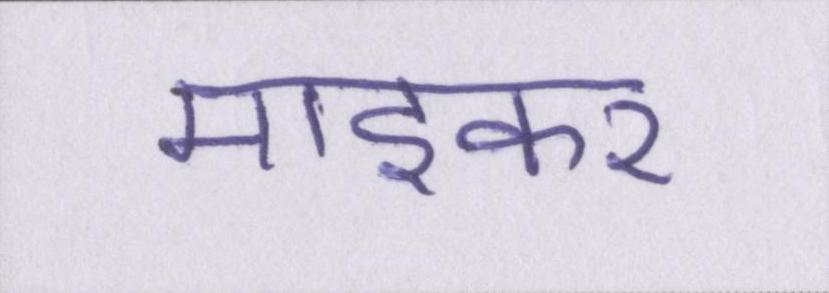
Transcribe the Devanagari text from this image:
माइकर